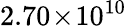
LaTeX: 2.70\! \times\! 10^{10}